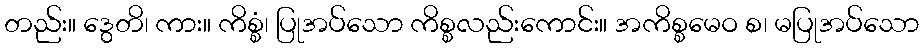
တည်း။ ဒွေတိ၊ ကား။ ကိစ္စံ၊ ပြုအပ်သော ကိစ္စလည်းကောင်း။ အကိစ္စမေဝ စ၊ မပြုအပ်သော